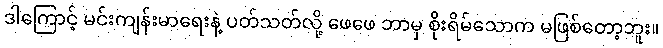
ဒါကြောင့် မင်းကျန်းမာရေးနဲ့ ပတ်သတ်လို့ ဖေဖေ ဘာမှ စိုးရိမ်သောက မဖြစ်တော့ဘူး။